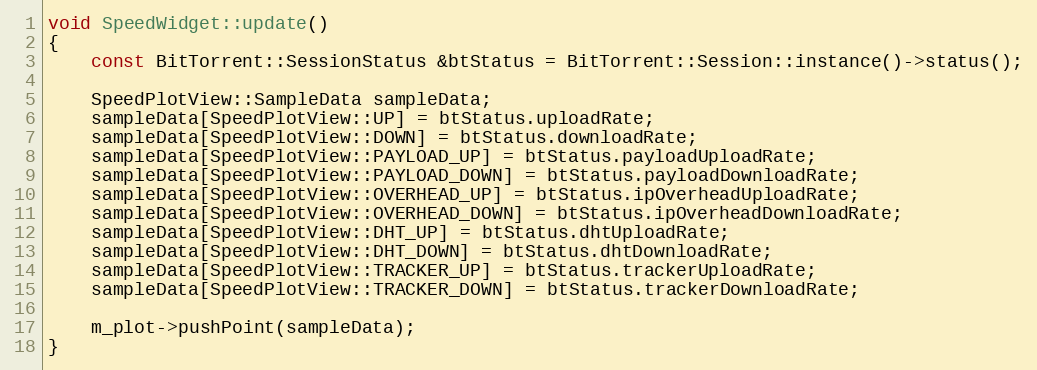
Language: C++
void SpeedWidget::update()
{
    const BitTorrent::SessionStatus &btStatus = BitTorrent::Session::instance()->status();

    SpeedPlotView::SampleData sampleData;
    sampleData[SpeedPlotView::UP] = btStatus.uploadRate;
    sampleData[SpeedPlotView::DOWN] = btStatus.downloadRate;
    sampleData[SpeedPlotView::PAYLOAD_UP] = btStatus.payloadUploadRate;
    sampleData[SpeedPlotView::PAYLOAD_DOWN] = btStatus.payloadDownloadRate;
    sampleData[SpeedPlotView::OVERHEAD_UP] = btStatus.ipOverheadUploadRate;
    sampleData[SpeedPlotView::OVERHEAD_DOWN] = btStatus.ipOverheadDownloadRate;
    sampleData[SpeedPlotView::DHT_UP] = btStatus.dhtUploadRate;
    sampleData[SpeedPlotView::DHT_DOWN] = btStatus.dhtDownloadRate;
    sampleData[SpeedPlotView::TRACKER_UP] = btStatus.trackerUploadRate;
    sampleData[SpeedPlotView::TRACKER_DOWN] = btStatus.trackerDownloadRate;

    m_plot->pushPoint(sampleData);
}